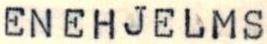
ENEHJELMS